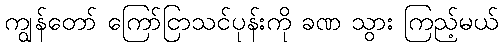
ကျွန်တော် ကြော်ငြာသင်ပုန်းကို ခဏ သွား ကြည့်မယ်